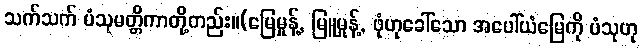
သက်သက် ပံသုမတ္တိကာတို့တည်း။(မြေမှုန့်, မြူမှုန့်, ဖုံဟုခေါ်သော အပေါ်ယံမြေကို ပံသုဟု